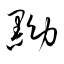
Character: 黝